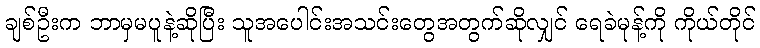
ချစ်ဦးက ဘာမှမပူနဲ့ဆိုပြီး သူအပေါင်းအသင်းတွေအတွက်ဆိုလျှင် ရေခဲမုန့်ကို ကိုယ်တိုင်